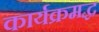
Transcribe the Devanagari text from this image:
कार्यक्रमद्ध